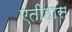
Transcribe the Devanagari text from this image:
एतीहास